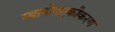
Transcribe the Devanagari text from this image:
स्थानीयएकीकरण